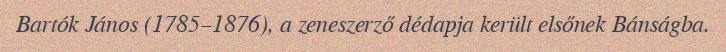
Bartók János (1785–1876), a zeneszerző dédapja került elsőnek Bánságba.